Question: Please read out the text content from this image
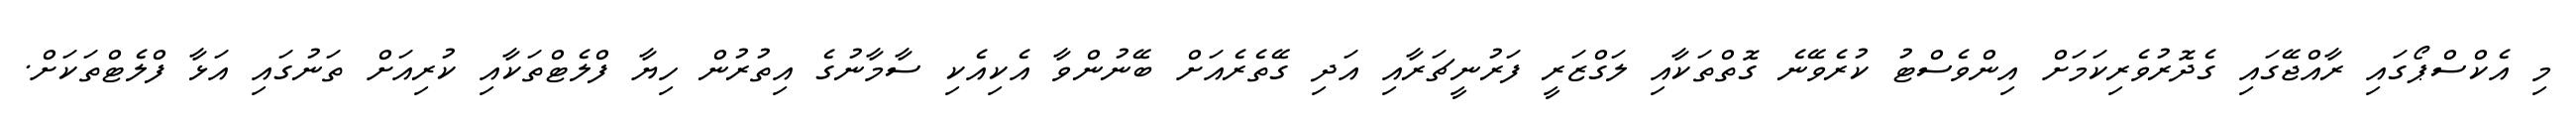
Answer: މި އެކްސްޕޯގައި ރާއްޖޭގައި ގެދޮރުވެރިކަމަށް އިންވެސްޓު ކުރެވޭނެ ގޮތްތަކާއި ލަގްޒަރީ ފަރުނީޗަރާއި އަދި ގޭތެރެއަށް ބޭނުންވާ އެކިއެކި ސާމާނުގެ އިތުރުން ހިޔާ ފްލެޓްތަކާއި ކުރިއަށް ތަނުގައި އަޅާ ފްލެޓްތަކަށް.